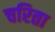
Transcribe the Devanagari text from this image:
चरिता